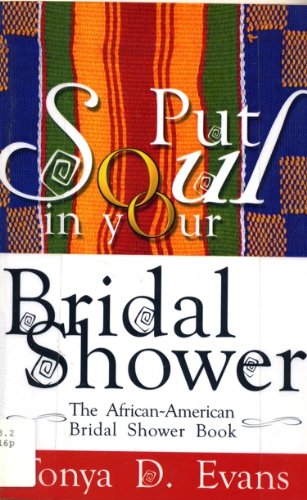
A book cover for Put Soul in Your Bridal Shower: The African-American Bridal Shower Guide; Tonya D. Evans; Crafts, Hobbies & Home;